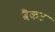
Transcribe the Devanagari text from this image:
बैकट